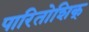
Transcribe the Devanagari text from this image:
पारितोशिक्